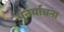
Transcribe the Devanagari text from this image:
पुनर्याचना